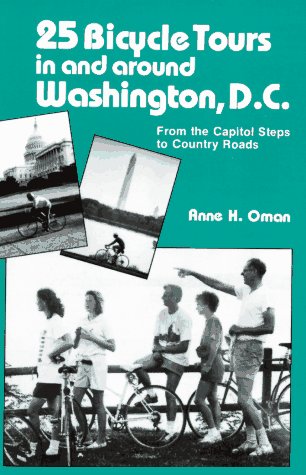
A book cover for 25 Bicycle Tours in and Around Washington, D.C.: From the Capitol Steps to Country Roads; Anne H. Oman; Travel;